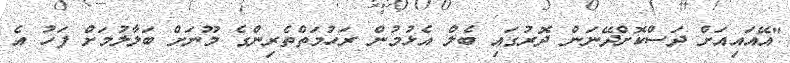
"އޭއައިއަށް ދަސްކޮށްދޭނަން ދޮރުގައި ބެލް އެޅުމުން ރަހުމަތްތެރިންގެ މޫނަށް ބަލާލުމަށް ފަހު އެ